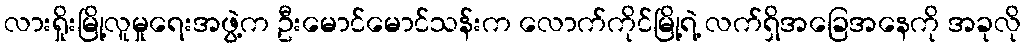
လားရှိုးမြို့လူမှုရေးအဖွဲ့က ဦးမောင်မောင်သန်းက လောက်ကိုင်မြို့ရဲ့ လက်ရှိအခြေအနေကို အခုလို